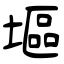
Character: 塸